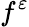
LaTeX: f^{\varepsilon}